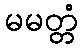
မမတ္တံ